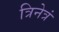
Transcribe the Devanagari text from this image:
त्रिनेत्रं